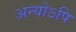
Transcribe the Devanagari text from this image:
अन्योऽपि